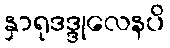
နှာရုဒဒ္ဒုလေနပိ